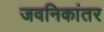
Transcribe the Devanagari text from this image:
जवनिकांतर